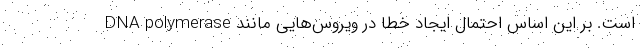
DNA polymerase است. بر این اساس احتمال ایجاد خطا در ویروس‌هایی مانند